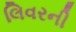
લિવરની